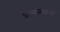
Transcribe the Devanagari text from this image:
अमानकता